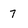
Character: 7